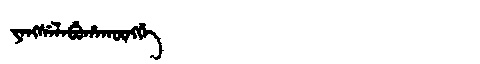
Manchu: ᠶᠠᠩᠰᡝᠯᠠᠪᡠᡥᠠᡴᡡᠩᡤᡝ
Romanization: YANGSELABUHAKŪNGGE